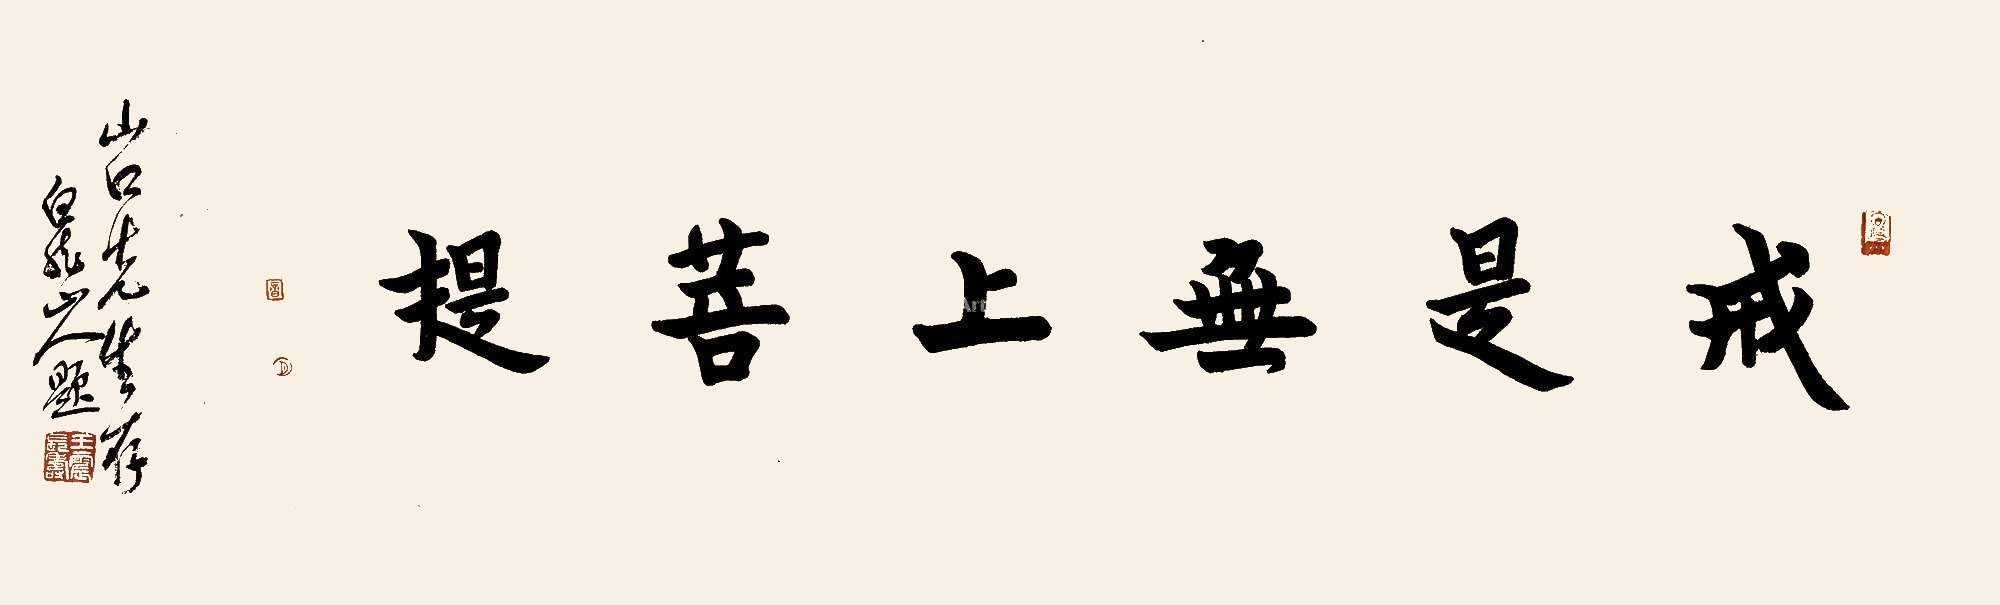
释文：戒是无上菩提。弘一法师书王一亭题